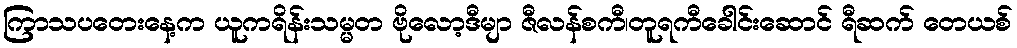
ကြာသပတေးနေ့က ယူကရိန်းသမ္မတ ဗိုလော့ဒီမျာ ဇီလန်စကီ၊တူရကီခေါင်းဆောင် ရီဆက် တေယစ်